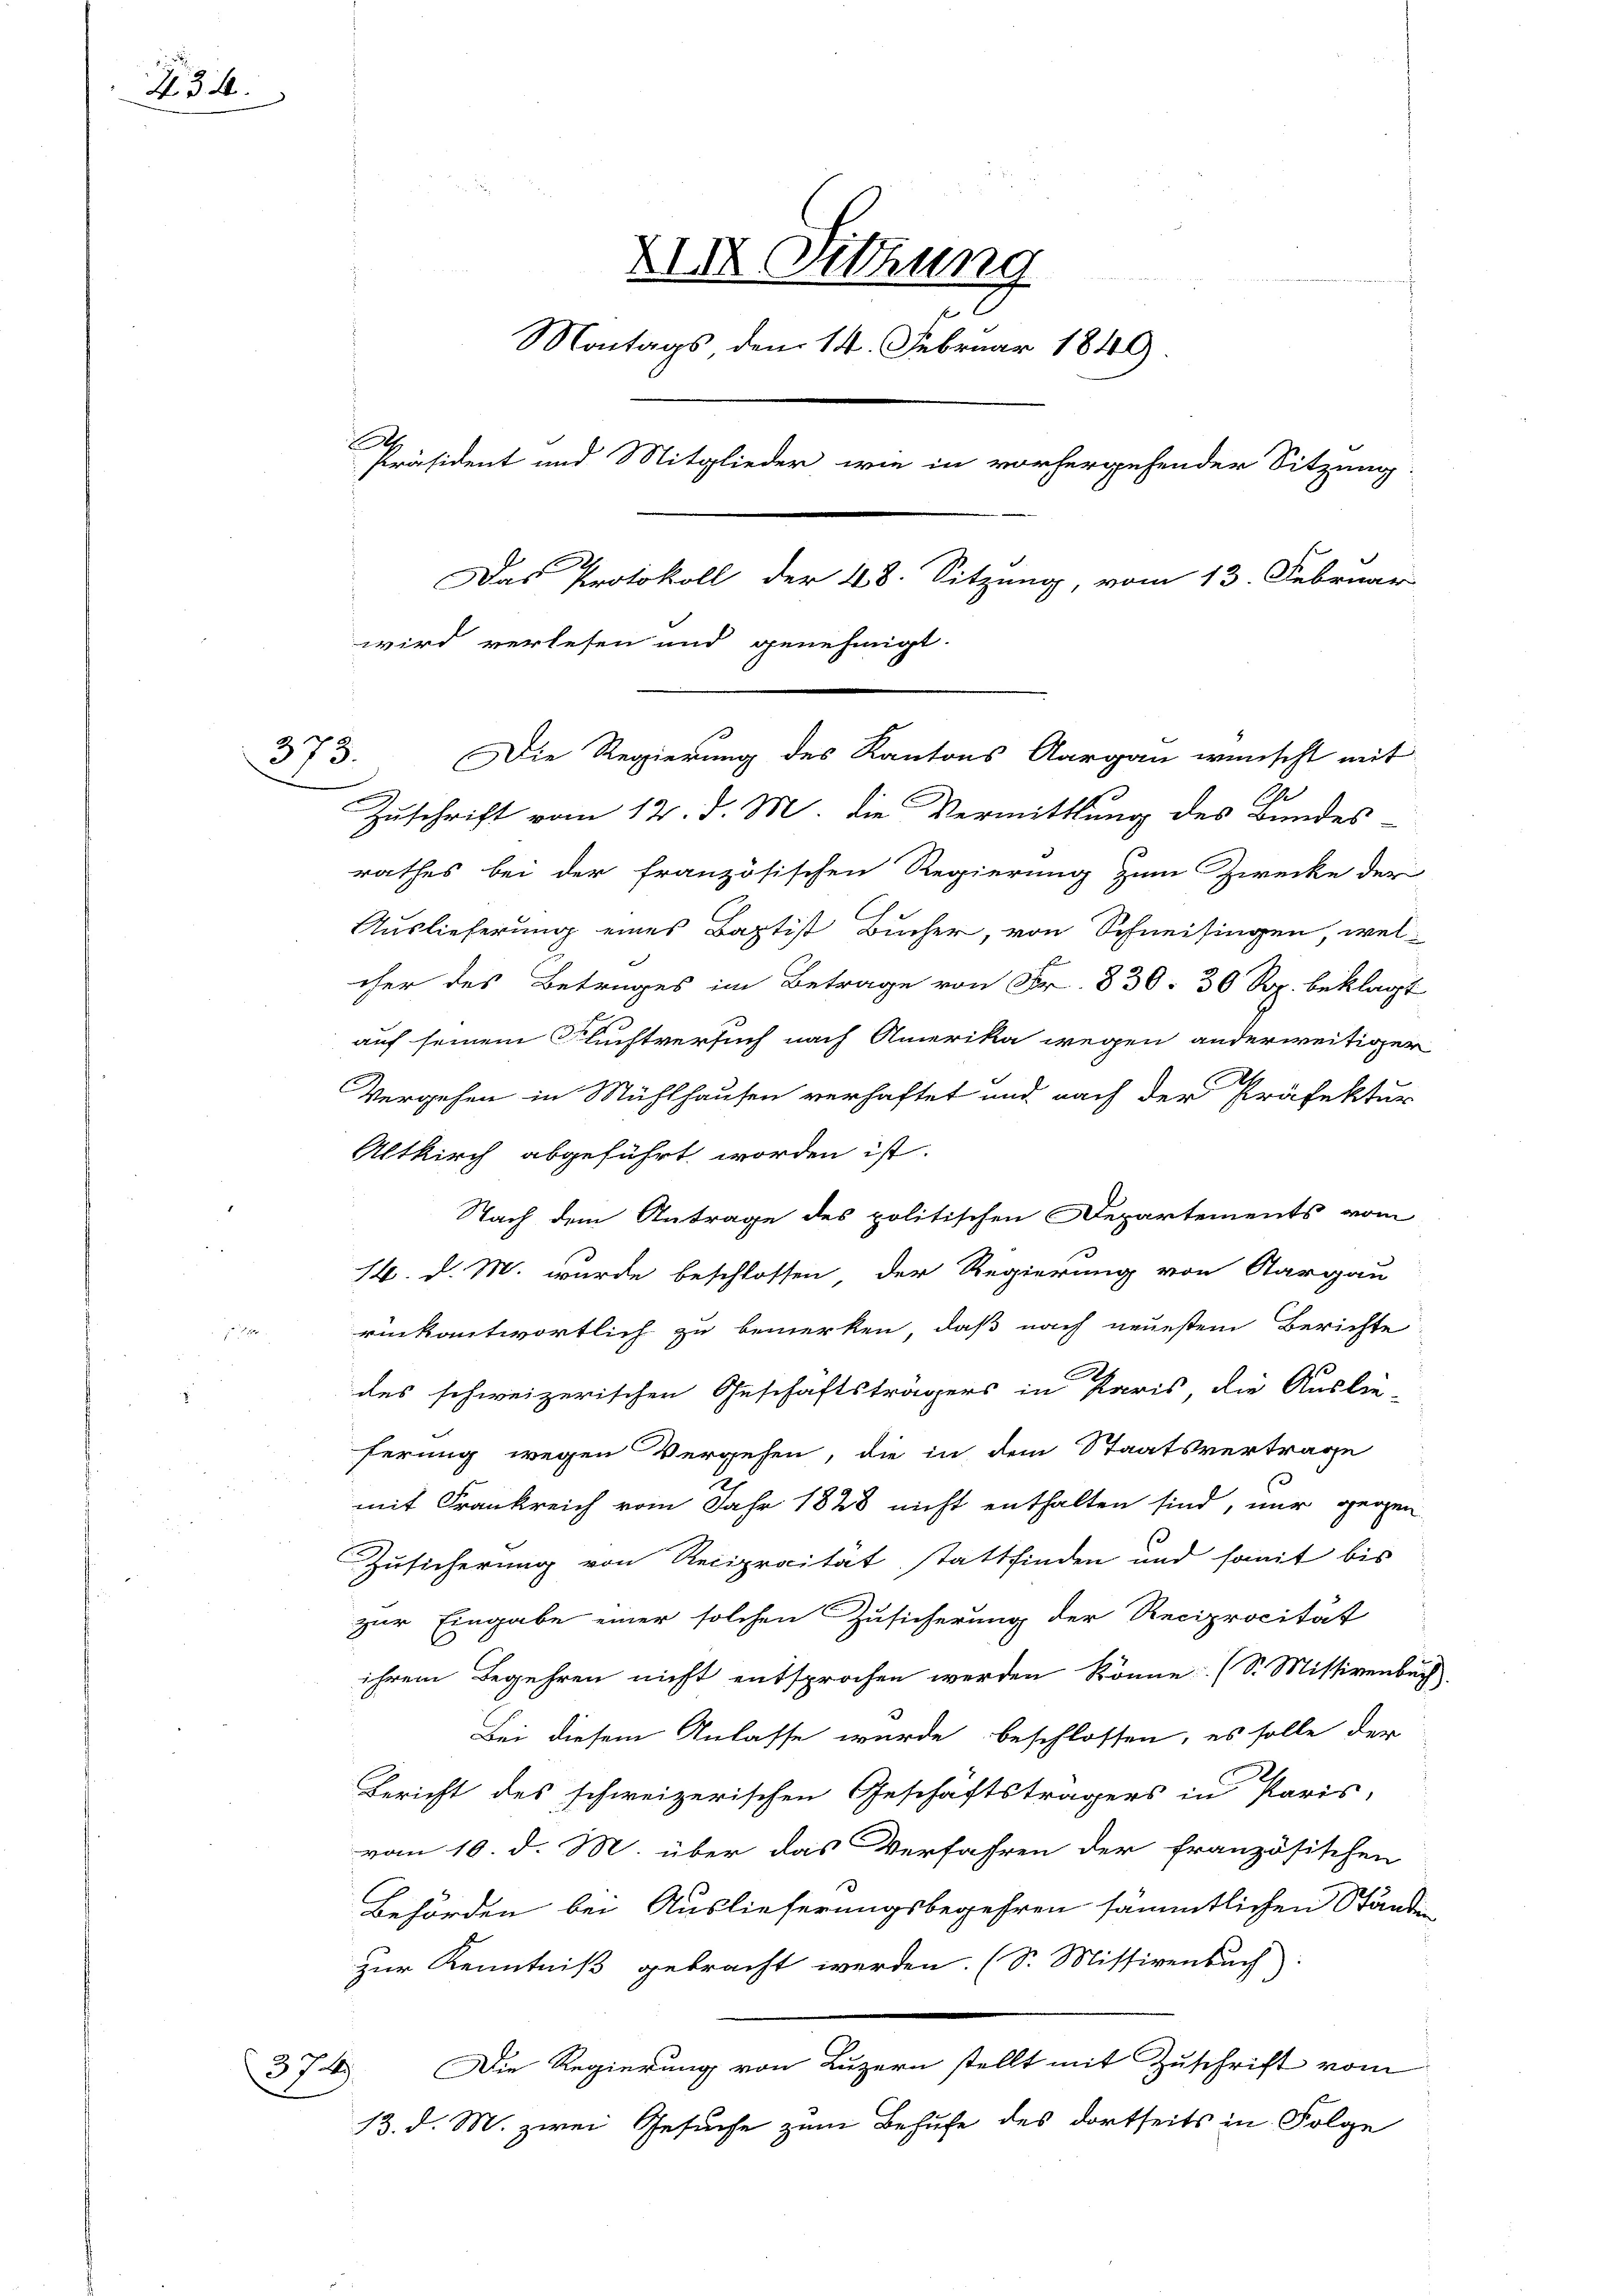
R. 34.

372

XII Sitzung
Montags, dem 14. Februar 1849.
A
Präsident und Mitglieder wie in vorhergehender Sitzung
Das Protokoll der 48. Sitzung, vom 13. Februar
wird verlesen und genehmigt.
373. Die Regierung des Kantons Aargau wünscht mit
3

Zuschrift vom 12. d. M. die Vermittlung des Bundes-
rathes bei der französischen Regierung zum Zwecke der
Auslieferung eines Baptist Bucher, von Schneisingen, wel-
cher des Betrages im Betrage von Fr. 830. 30 Rp. beklagt
auf seinem Fluchtversuch nach Amerika wegen anderweitiger
Vergehen in Mühlhausen verhaftet und nach der Präfektur
Altkirch abgeführt worden ist.
Nach dem Antrage des politischen Departements vom
16. d. M. wurde beschlossen der Regierung von Aargau
rückantwortlich zu bemerken, daß nach neuestem Berichte
des schweizerischen Geschäftsträgers in Paris, die Auslie-
ferung wegen Vergehen, die in dem Staatsvertrage
mit Frankreich vom Jahr 1828 nicht enthalten sind, nur gegen
Zusicherung von Reciprocität stattfinden und somit bis
zur Eingabe einer solchen Zusicherung der Reciprocität
ihrem Begehren nicht entsprochen werden könne. (S. Missivenbuch
Bei diesem Anlasse wurde beschlossen, es solle der
Bericht des schweizerischen Geschäftsträgers in Paris,
vom 10. d. M. über das Verfahren der französischen
Behörden bei Auslieferungsbegehren sämmtlichen Stände
zur Kenntniß gebracht werden. (S. Missivenbuch
Die Regierung von Luzern stellt mit Zuschrift vom
13. d. M. zwei Gesuche zum Behufe des dortseits in Folge